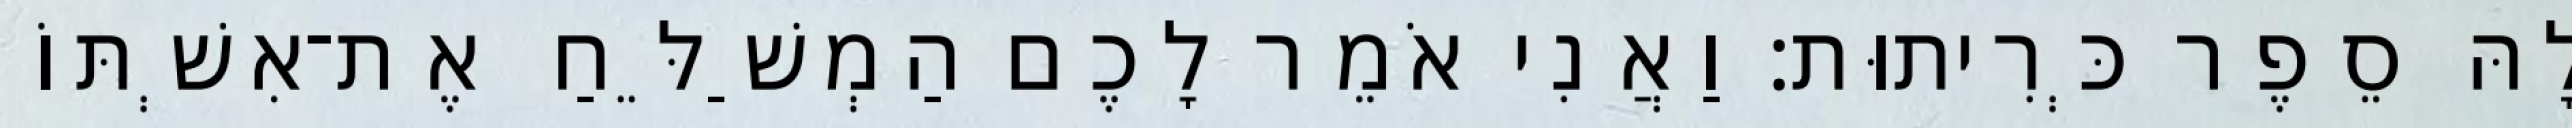
לָהּ סֵפֶר כְּרִיתוּת׃ וַאֲנִי אֹמֵר לָכֶם הַמְשַׁלֵּחַ אֶת־אִשְׁתּוֹ